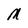
Character: M